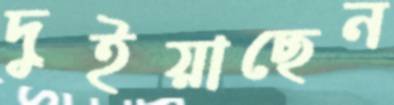
দুইয়াছেন